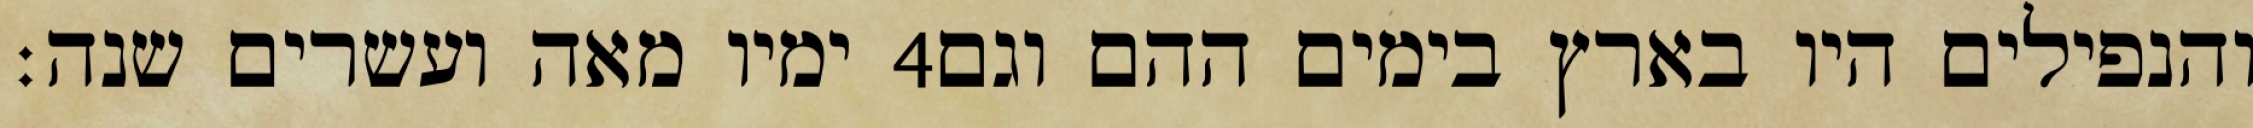
ימיו מאה ועשרים שנה׃ ‎4‏ והנפילים היו בארץ בימים ההם וגם